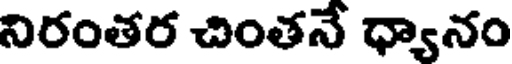
నిరంతర చింతనే ధ్యానం